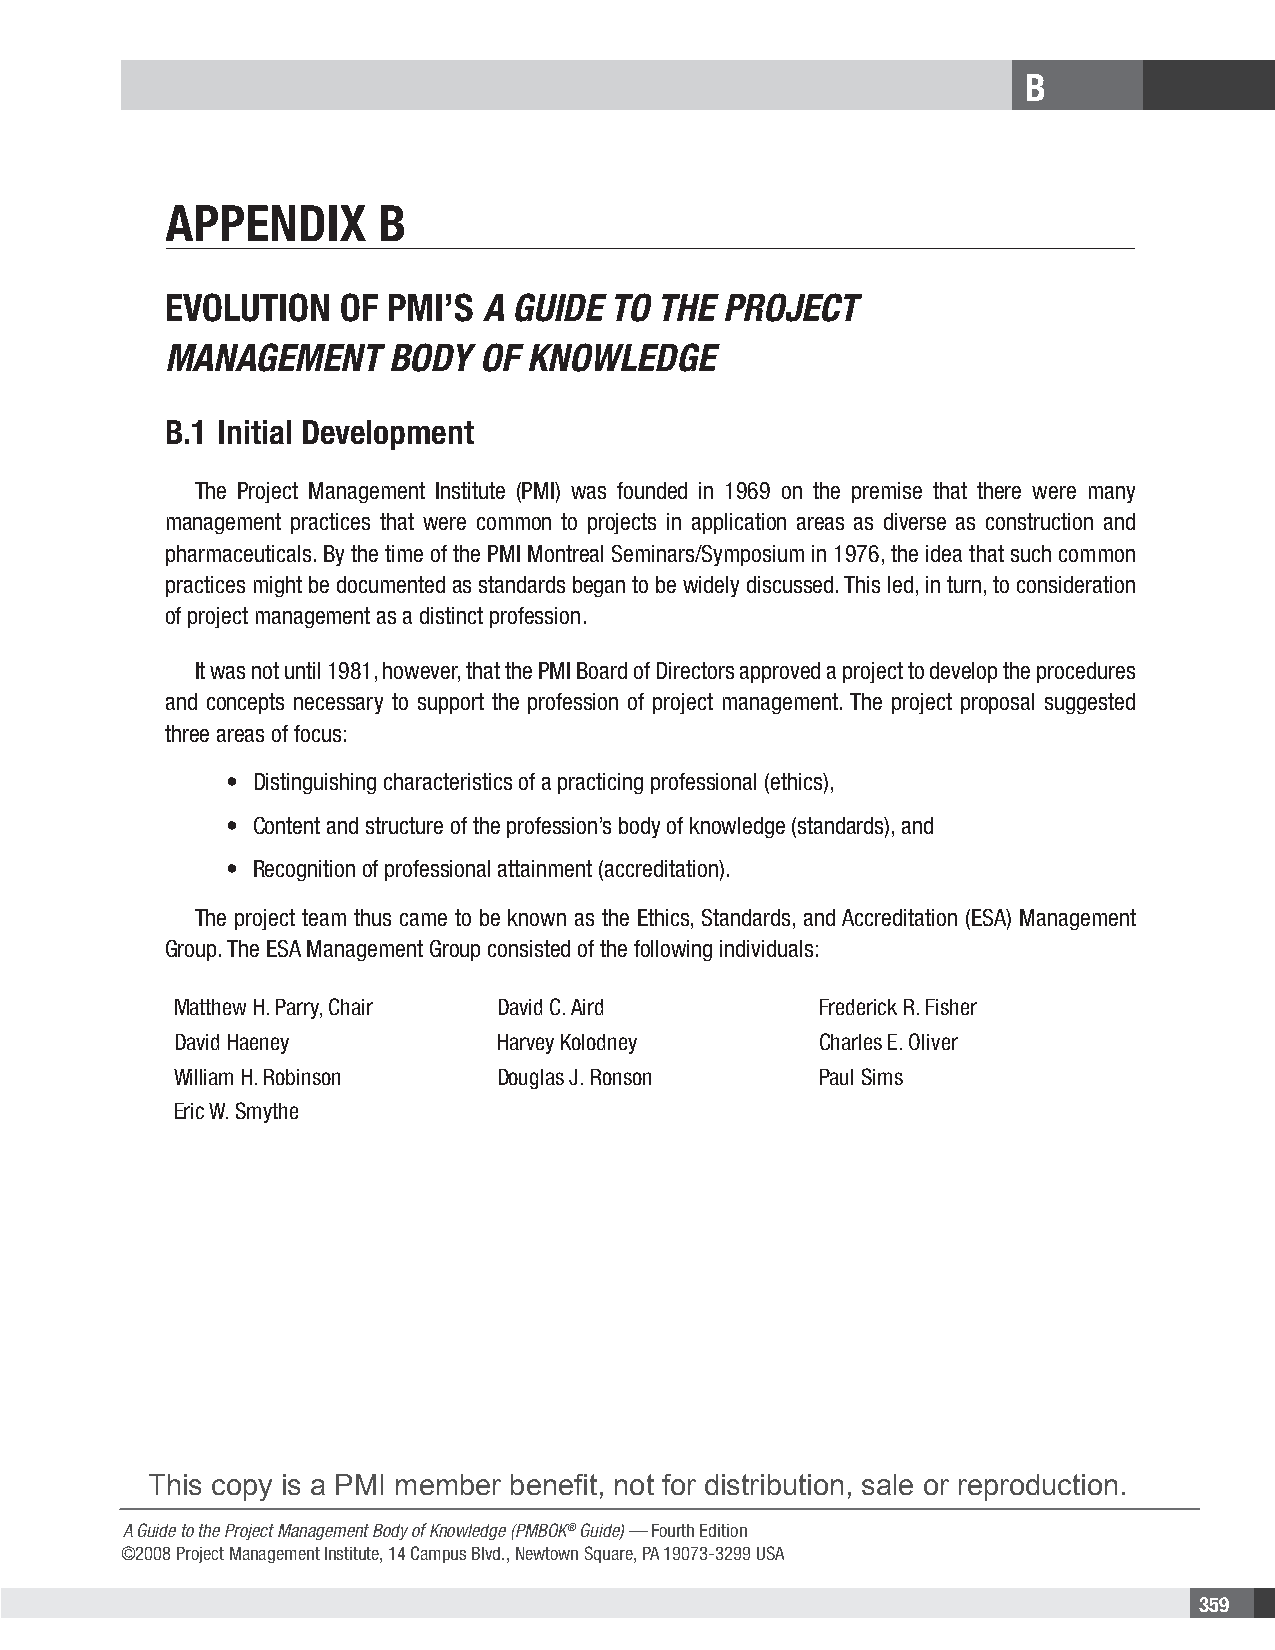
B
 Appendix      B
 evolution   of pMi’s A Guide to  the project
 MAnAGeMent     Body  of KnowledGe
 B.1 Initial Development
 The Project Management Institute (PMI) was founded in 1969 on the premise that there were many
 management practices that were common to projects in application areas as diverse as construction and
 pharmaceuticals. By the time of the PMI Montreal Seminars/Symposium in 1976, the idea that such common
 practices might be documented as standards began to be widely discussed. This led, in turn, to consideration
 of project management as a distinct profession.
 It was not until 1981, however, that the PMI Board of Directors approved a project to develop the procedures
 and concepts necessary to support the profession of project management. The project proposal suggested
 three areas of focus:
 • Distinguishing characteristics of a practicing professional (ethics),
 • Content and structure of the profession’s body of knowledge (standards), and
 • Recognition of professional attainment (accreditation).
 The project team thus came to be known as the Ethics, Standards, and Accreditation (ESA) Management
 Group. The ESA Management Group consisted of the following individuals:
 Matthew H. Parry, Chair David C. Aird     Frederick R. Fisher
 David Haeney         Harvey Kolodney      Charles E. Oliver
 William H. Robinson  Douglas J. Ronson    Paul Sims
 Eric W. Smythe
 This copy is a PMI member benefit, not for distribution, sale or reproduction.
 A Guide to the Project Management Body of Knowledge (PMBOK® Guide) — Fourth Edition
 ©2008 Project Management Institute, 14 Campus Blvd., Newtown Square, PA 19073-3299 USA
 359